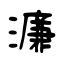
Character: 濂